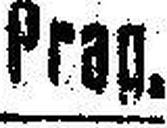
Prag.